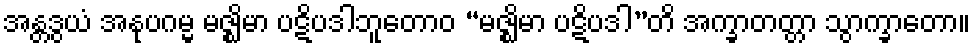
အန္တဒွယံ အနုပဂမ္မ မဇ္ဈိမာ ပဋိပဒါဘူတောဝ “မဇ္ဈိမာ ပဋိပဒါ”တိ အက္ခာတတ္တာ သွာက္ခာတော။